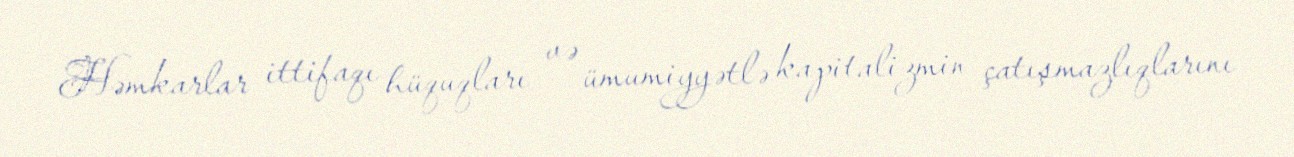
Həmkarlar ittifaqı hüquqları və ümumiyyətlə kapitalizmin çatışmazlıqlarını